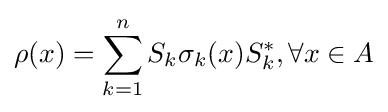
\rho (x)=\sum _{k=1}^{n}S_{k}\sigma _{k}(x)S_{k}^{*},\forall x\in A